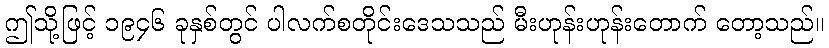
ဤသို့ဖြင့် ၁၉၄၆ ခုနှစ်တွင် ပါလက်စတိုင်းဒေသသည် မီးဟုန်းဟုန်းတောက် တော့သည်။